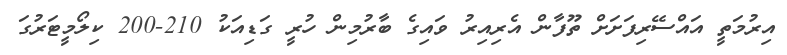
އިރުމަތީ އައްސޭރިފަށަށް ތޫފާން އެރިއިރު ވައިގެ ބާރުމިން ހުރީ ގަޑިއަކު 210-200 ކިލޯމީޓަރުގަ